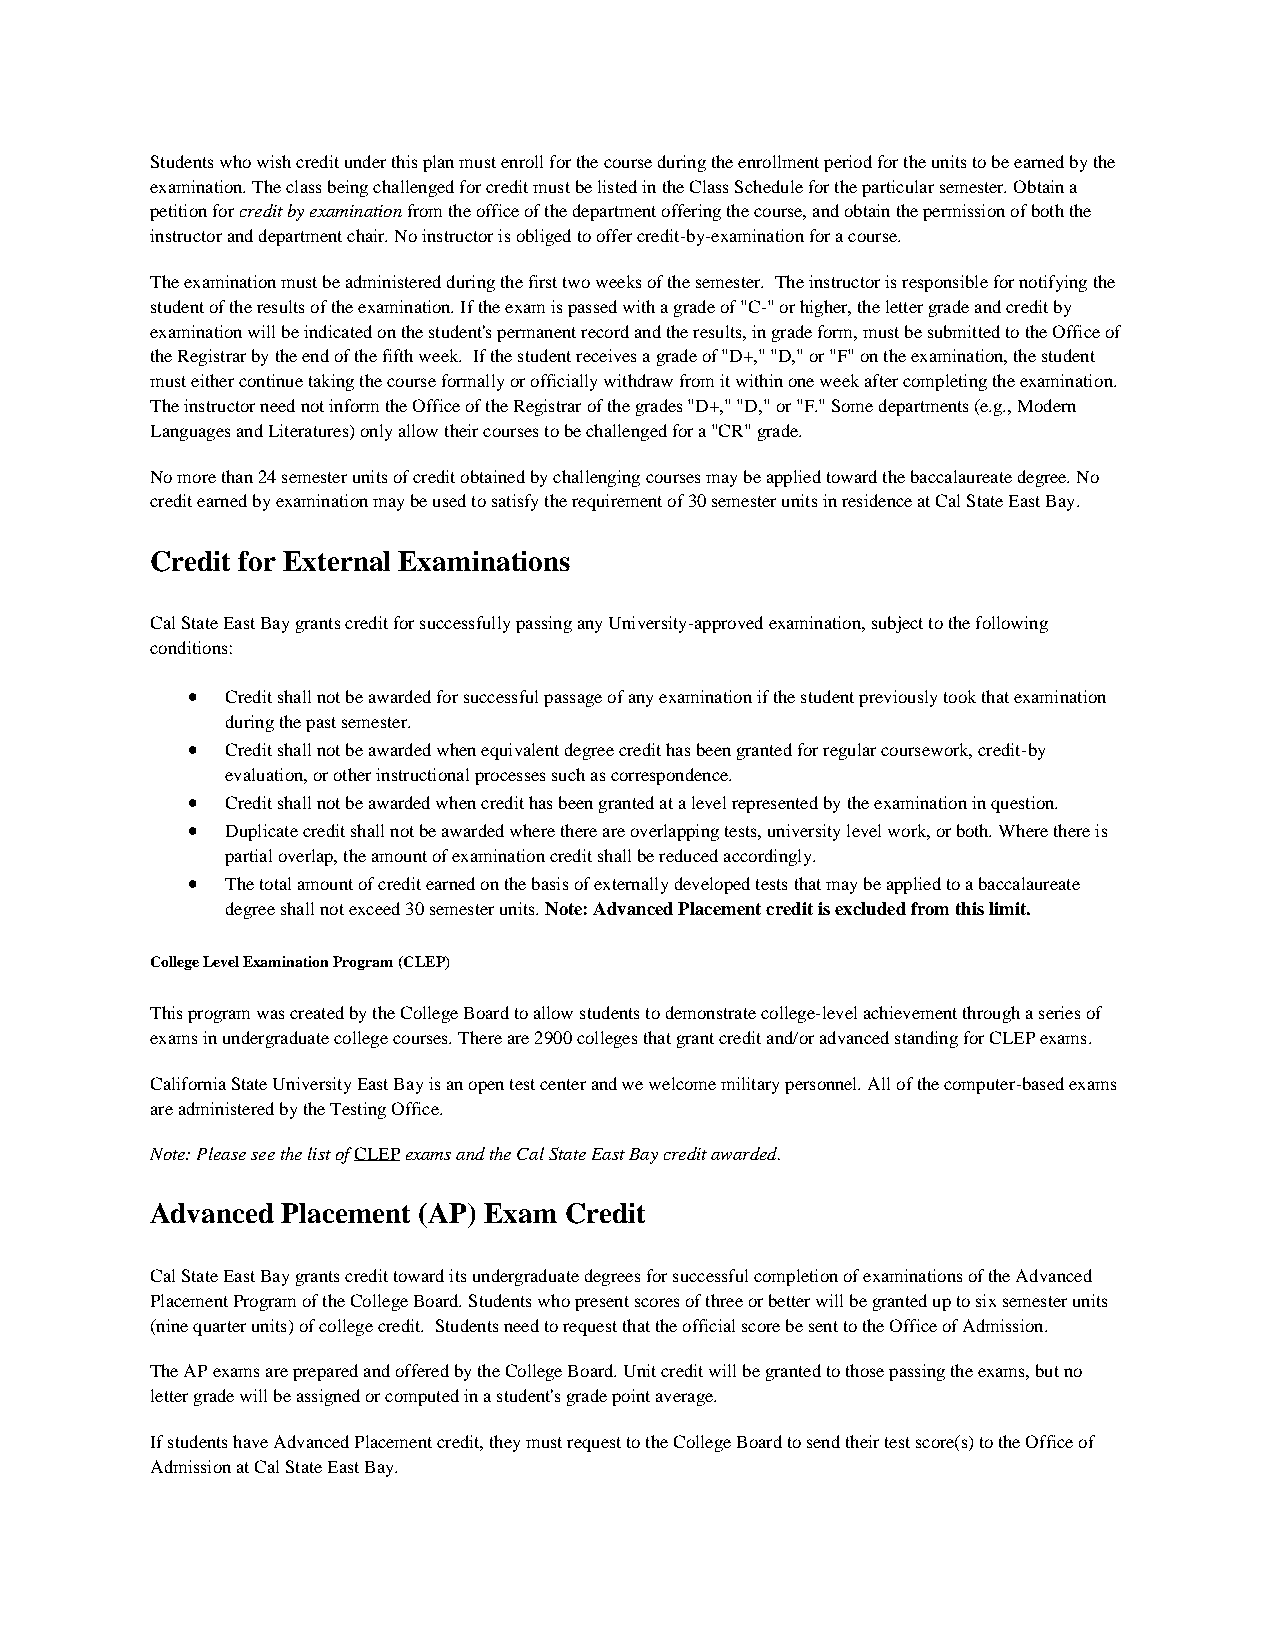
Students who wish credit under this plan must enroll for the course during the enrollment period for the units to be earned by the
 examination. The class being challenged for credit must be listed in the Class Schedule for the particular semester. Obtain a
 petition for credit by examination from the office of the department offering the course, and obtain the permission of both the
 instructor and department chair. No instructor is obliged to offer credit-by-examination for a course.
 The examination must be administered during the first two weeks of the semester. The instructor is responsible for notifying the
 student of the results of the examination. If the exam is passed with a grade of "C-" or higher, the letter grade and credit by
 examination will be indicated on the student's permanent record and the results, in grade form, must be submitted to the Office of
 the Registrar by the end of the fifth week. If the student receives a grade of "D+," "D," or "F" on the examination, the student
 must either continue taking the course formally or officially withdraw from it within one week after completing the examination.
 The instructor need not inform the Office of the Registrar of the grades "D+," "D," or "F." Some departments (e.g., Modern
 Languages and Literatures) only allow their courses to be challenged for a "CR" grade.
 No more than 24 semester units of credit obtained by challenging courses may be applied toward the baccalaureate degree. No
 credit earned by examination may be used to satisfy the requirement of 30 semester units in residence at Cal State East Bay.
 Credit for External Examinations
 Cal State East Bay grants credit for successfully passing any University-approved examination, subject to the following
 conditions:
 •  Credit shall not be awarded for successful passage of any examination if the student previously took that examination
 during the past semester.
 •  Credit shall not be awarded when equivalent degree credit has been granted for regular coursework, credit-by
 evaluation, or other instructional processes such as correspondence.
 •  Credit shall not be awarded when credit has been granted at a level represented by the examination in question.
 •  Duplicate credit shall not be awarded where there are overlapping tests, university level work, or both. Where there is
 partial overlap, the amount of examination credit shall be reduced accordingly.
 •  The total amount of credit earned on the basis of externally developed tests that may be applied to a baccalaureate
 degree shall not exceed 30 semester units. Note: Advanced Placement credit is excluded from this limit.
 College Level Examination Program (CLEP)
 This program was created by the College Board to allow students to demonstrate college-level achievement through a series of
 exams in undergraduate college courses. There are 2900 colleges that grant credit and/or advanced standing for CLEP exams.
 California State University East Bay is an open test center and we welcome military personnel. All of the computer-based exams
 are administered by the Testing Office.
 Note: Please see the list of CLEP exams and the Cal State East Bay credit awarded.
 Advanced Placement (AP) Exam Credit
 Cal State East Bay grants credit toward its undergraduate degrees for successful completion of examinations of the Advanced
 Placement Program of the College Board. Students who present scores of three or better will be granted up to six semester units
 (nine quarter units) of college credit. Students need to request that the official score be sent to the Office of Admission.
 The AP exams are prepared and offered by the College Board. Unit credit will be granted to those passing the exams, but no
 letter grade will be assigned or computed in a student's grade point average.
 If students have Advanced Placement credit, they must request to the College Board to send their test score(s) to the Office of
 Admission at Cal State East Bay.